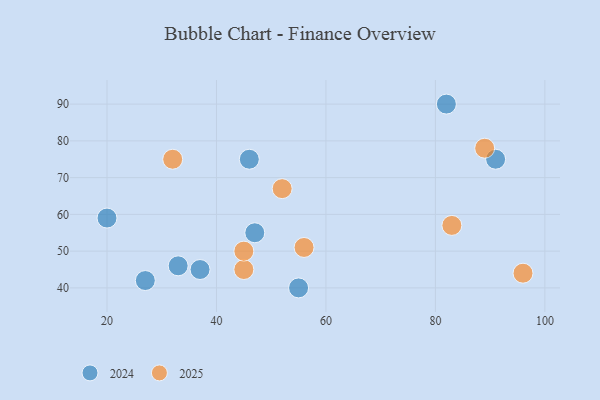
{"axis": {"x": "GDP", "y": "Life Expectancy"}, "legend": ["2024", "2025"], "data": [{"x": "46", "y": 75, "type": "2024"}, {"x": "20", "y": 59, "type": "2024"}, {"x": "91", "y": 75, "type": "2024"}, {"x": "27", "y": 42, "type": "2024"}, {"x": "47", "y": 55, "type": "2024"}, {"x": "82", "y": 90, "type": "2024"}, {"x": "33", "y": 46, "type": "2024"}, {"x": "55", "y": 40, "type": "2024"}, {"x": "37", "y": 45, "type": "2024"}, {"x": "45", "y": 45, "type": "2025"}, {"x": "89", "y": 78, "type": "2025"}, {"x": "45", "y": 50, "type": "2025"}, {"x": "96", "y": 44, "type": "2025"}, {"x": "83", "y": 57, "type": "2025"}, {"x": "32", "y": 75, "type": "2025"}, {"x": "52", "y": 67, "type": "2025"}, {"x": "56", "y": 51, "type": "2025"}]}